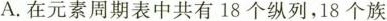
A.在元素周期表中共有18个纵列，18个族